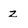
Character: z